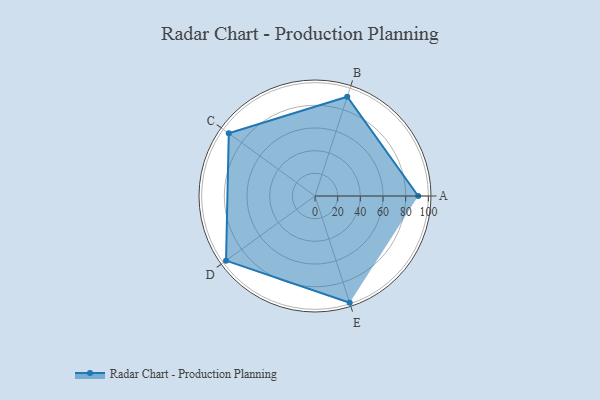
{"axis": {"x": "Skill", "y": "Score"}, "legend": ["Profile"], "data": [{"x": "A", "y": 91.0, "type": "Profile"}, {"x": "B", "y": 92.0, "type": "Profile"}, {"x": "C", "y": 94.0, "type": "Profile"}, {"x": "D", "y": 97.0, "type": "Profile"}, {"x": "E", "y": 99, "type": "Profile"}]}